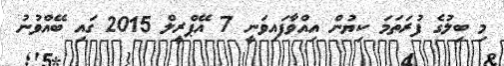
މި ބިލުގެ ފުރަތަމަ ކިޔުން އިއްވާފައިވަނީ 7 އޭޕްރީލް 2015 ގައި ބޭއްވުނު